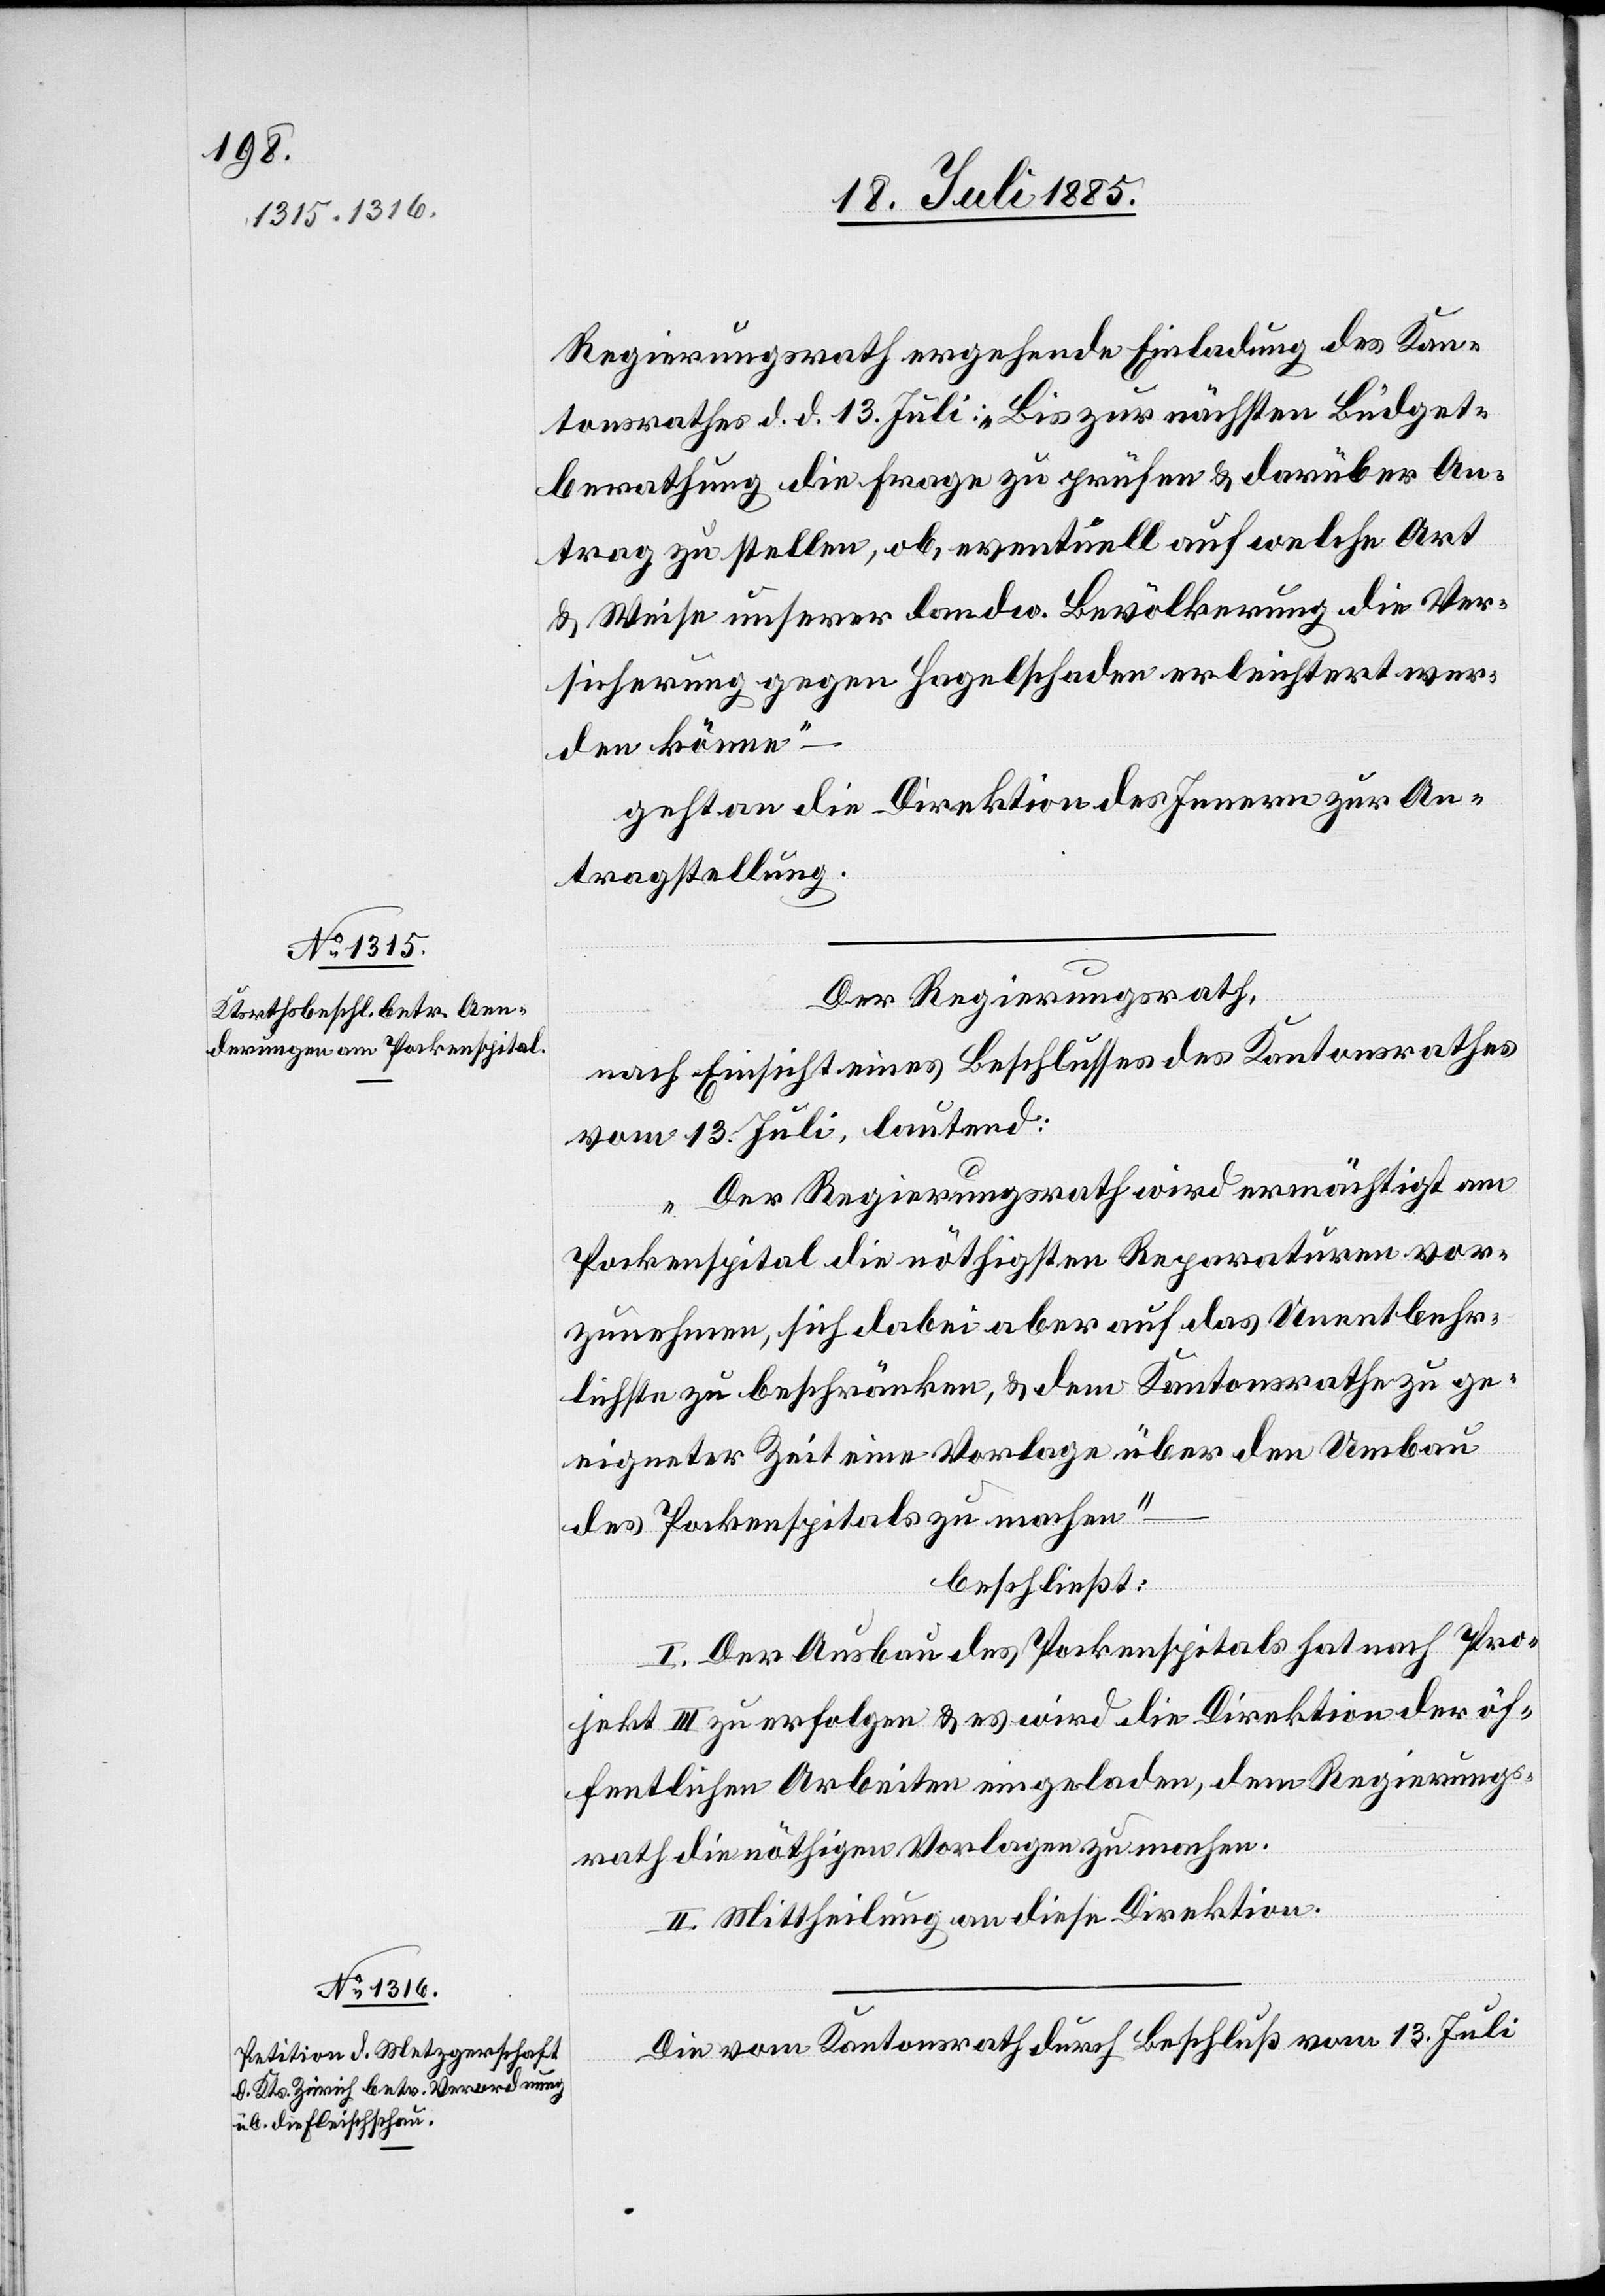
Regierungsrath ergehende Einladung des Kan¬
tonsrathes d. d. 13. Juli: „Bis zur nächsten Büdget¬
berathung die Frage zu prüfen & darüber An¬
trag zu stellen, ob, eventuell auf welche Art
& Weise unserer landw. Bevölkerung die Ver¬
sicherung gegen Hagelschaden erleichtert wer¬
den könne“
geht an die Direktion des Innern zur An¬
tragstellung.
Der Regierungsrath,
nach Einsicht eines Beschlusses des Kantonsrathes
vom 13. Juli, lautend:
„Der Regierungsrath wird ermächtigt am
Pockenspital die nöthigsten Reparaturen vor¬
zunehmen, sich dabei aber auf das Unentbehr¬
lichste zu beschränken, & dem Kantonsrath zu ge¬
eigneter Zeit eine Vorlage über den Umbau
des Pockenspitals zu machen“
beschließt:
I. Der Ausbau des Pockenspitals hat nach Pro¬
jekt III zu erfolgen & es wird die Direktion der öf¬
fentlichen Arbeiten eingeladen, dem Regierungs¬
rath die nöthigen Vorlagen zu machen.
II. Mittheilung an diese Direktion.
Die vom Kantonsrath durch Beschluß vom 13. Juli